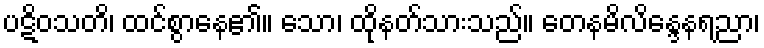
ပဋိဝသတိ၊ ထင်စွာနေ၏။ သော၊ ထိုနတ်သားသည်။ တေနမိလိန္ဒေနရညာ၊